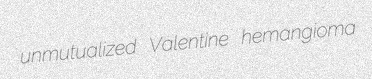
unmutualized Valentine hemangioma